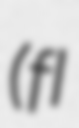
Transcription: (fl